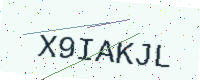
Text: X9IAKJL